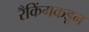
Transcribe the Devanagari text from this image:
रँकिंगकडून